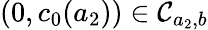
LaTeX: (0,c_{0}(a_{2}))\in\mathcal{C}_{a_{2},b}